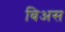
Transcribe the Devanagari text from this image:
बिअस